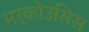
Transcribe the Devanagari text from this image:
मर्कोउसिस